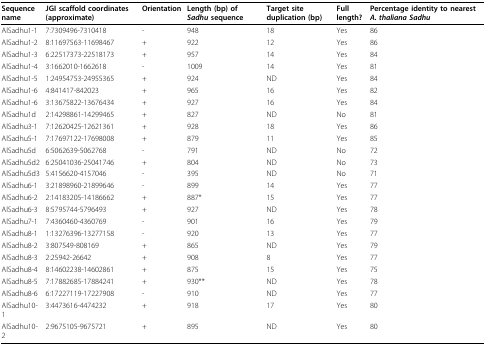
<table><thead><tr><td><b>Sequence name</b></td><td><b>JGI scaffold coordinates (approximate)</b></td><td><b>Orientation</b></td><td><b>Length (bp) of <i>Sadhu </i>sequence</b></td><td><b>Target site duplication (bp)</b></td><td><b>Full length?</b></td><td><b>Percentage identity to nearest <i>A. thaliana Sadhu</i></b></td></tr></thead><tbody><tr><td>AlSadhu1-1</td><td>7:7309496-7310418</td><td>-</td><td>948</td><td>18</td><td>Yes</td><td>86</td></tr><tr><td>AlSadhu1-2</td><td>8:11697563-11698467</td><td>+</td><td>922</td><td>12</td><td>Yes</td><td>86</td></tr><tr><td>AlSadhu1-3</td><td>6:22517373-22518173</td><td>+</td><td>957</td><td>14</td><td>Yes</td><td>84</td></tr><tr><td>AlSadhu1-4</td><td>3:1662010-1662618</td><td>-</td><td>1009</td><td>14</td><td>Yes</td><td>81</td></tr><tr><td>AlSadhu1-5</td><td>1:24954753-24955365</td><td>+</td><td>924</td><td>ND</td><td>Yes</td><td>84</td></tr><tr><td>AlSadhu1-6</td><td>4:841417-842023</td><td>+</td><td>965</td><td>16</td><td>Yes</td><td>82</td></tr><tr><td>AlSadhu1-6</td><td>3:13675822-13676434</td><td>+</td><td>927</td><td>16</td><td>Yes</td><td>84</td></tr><tr><td>AlSadhu1d</td><td>2:14298861-14299465</td><td>+</td><td>827</td><td>ND</td><td>No</td><td>81</td></tr><tr><td>AlSadhu3-1</td><td>7:12620425-12621361</td><td>+</td><td>928</td><td>18</td><td>Yes</td><td>86</td></tr><tr><td>AlSadhu5-1</td><td>7:17697122-17698008</td><td>+</td><td>879</td><td>11</td><td>Yes</td><td>85</td></tr><tr><td>AlSadhu5d</td><td>6:5062639-5062768</td><td>-</td><td>791</td><td>ND</td><td>No</td><td>72</td></tr><tr><td>AlSadhu5d2</td><td>6:25041036-25041746</td><td>+</td><td>804</td><td>ND</td><td>No</td><td>73</td></tr><tr><td>AlSadhu5d3</td><td>5:4156620-4157046</td><td>-</td><td>395</td><td>ND</td><td>No</td><td>71</td></tr><tr><td>AlSadhu6-1</td><td>3:21898960-21899646</td><td>-</td><td>899</td><td>14</td><td>Yes</td><td>77</td></tr><tr><td>AlSadhu6-2</td><td>2:14183205-14186662</td><td>+</td><td>887*</td><td>15</td><td>Yes</td><td>77</td></tr><tr><td>AlSadhu6-3</td><td>8:5795744-5796493</td><td>+</td><td>927</td><td>ND</td><td>Yes</td><td>78</td></tr><tr><td>AlSadhu7-1</td><td>7:4360460-4360769</td><td>-</td><td>901</td><td>16</td><td>Yes</td><td>79</td></tr><tr><td>AlSadhu8-1</td><td>1:13276396-13277158</td><td>-</td><td>920</td><td>13</td><td>Yes</td><td>77</td></tr><tr><td>AlSadhu8-2</td><td>3:807549-808169</td><td>+</td><td>865</td><td>ND</td><td>Yes</td><td>79</td></tr><tr><td>AlSadhu8-3</td><td>2:25942-26642</td><td>+</td><td>908</td><td>8</td><td>Yes</td><td>77</td></tr><tr><td>AlSadhu8-4</td><td>8:14602238-14602861</td><td>+</td><td>875</td><td>15</td><td>Yes</td><td>75</td></tr><tr><td>AlSadhu8-5</td><td>7:17882685-17884241</td><td>+</td><td>930**</td><td>ND</td><td>Yes</td><td>78</td></tr><tr><td>AlSadhu8-6</td><td>6:17227119-17227908</td><td>-</td><td>910</td><td>ND</td><td>Yes</td><td>77</td></tr><tr><td>AlSadhu10-1</td><td>3:4473616-4474232</td><td>+</td><td>918</td><td>17</td><td>Yes</td><td>80</td></tr><tr><td>AlSadhu10-2</td><td>2:9675105-9675721</td><td>+</td><td>895</td><td>ND</td><td>Yes</td><td>80</td></tr></tbody></table>